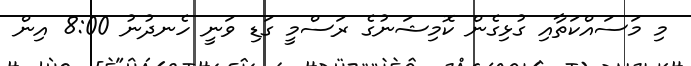
މި މަސައްކަތާއި ގުޅިގެން ކޮމިޝަނުގެ ރަސްމީ ގަޑި ވަނީ ހެނދުނު 8:00 އިން